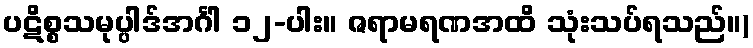
ပဋိစ္စသမုပ္ပါဒ်အင်္ဂါ ၁၂-ပါး။ ဇရာမရဏအထိ သုံးသပ်ရသည်။)